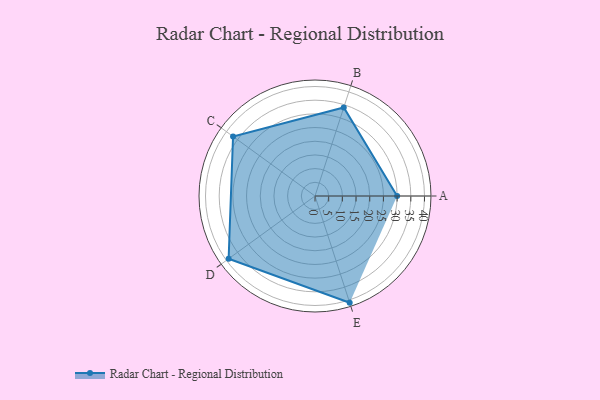
{"axis": {"x": "Skill", "y": "Score"}, "legend": ["Profile"], "data": [{"x": "A", "y": 30.0, "type": "Profile"}, {"x": "B", "y": 34.0, "type": "Profile"}, {"x": "C", "y": 37.0, "type": "Profile"}, {"x": "D", "y": 39.0, "type": "Profile"}, {"x": "E", "y": 41.0, "type": "Profile"}]}